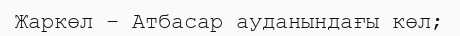
Жаркөл – Атбасар ауданындағы көл;